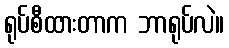
ရုပ်စီထားတာက ဘာရုပ်လဲ။